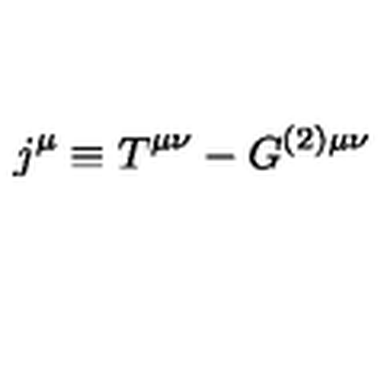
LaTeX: j ^ { \mu } \equiv T ^ { \mu \nu } - G ^ { ( 2 ) \mu \nu }